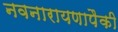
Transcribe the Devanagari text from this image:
नवनारायणापैकी